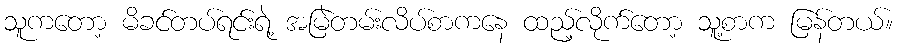
သူကတော့ မိခင်တပ်ရင်းရဲ့ အမြဲတမ်းလိပ်စာကနေ ထည့်လိုက်တော့ သူ့စာက မြန်တယ်။